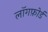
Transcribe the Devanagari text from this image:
लॉगफ़ोर्ड